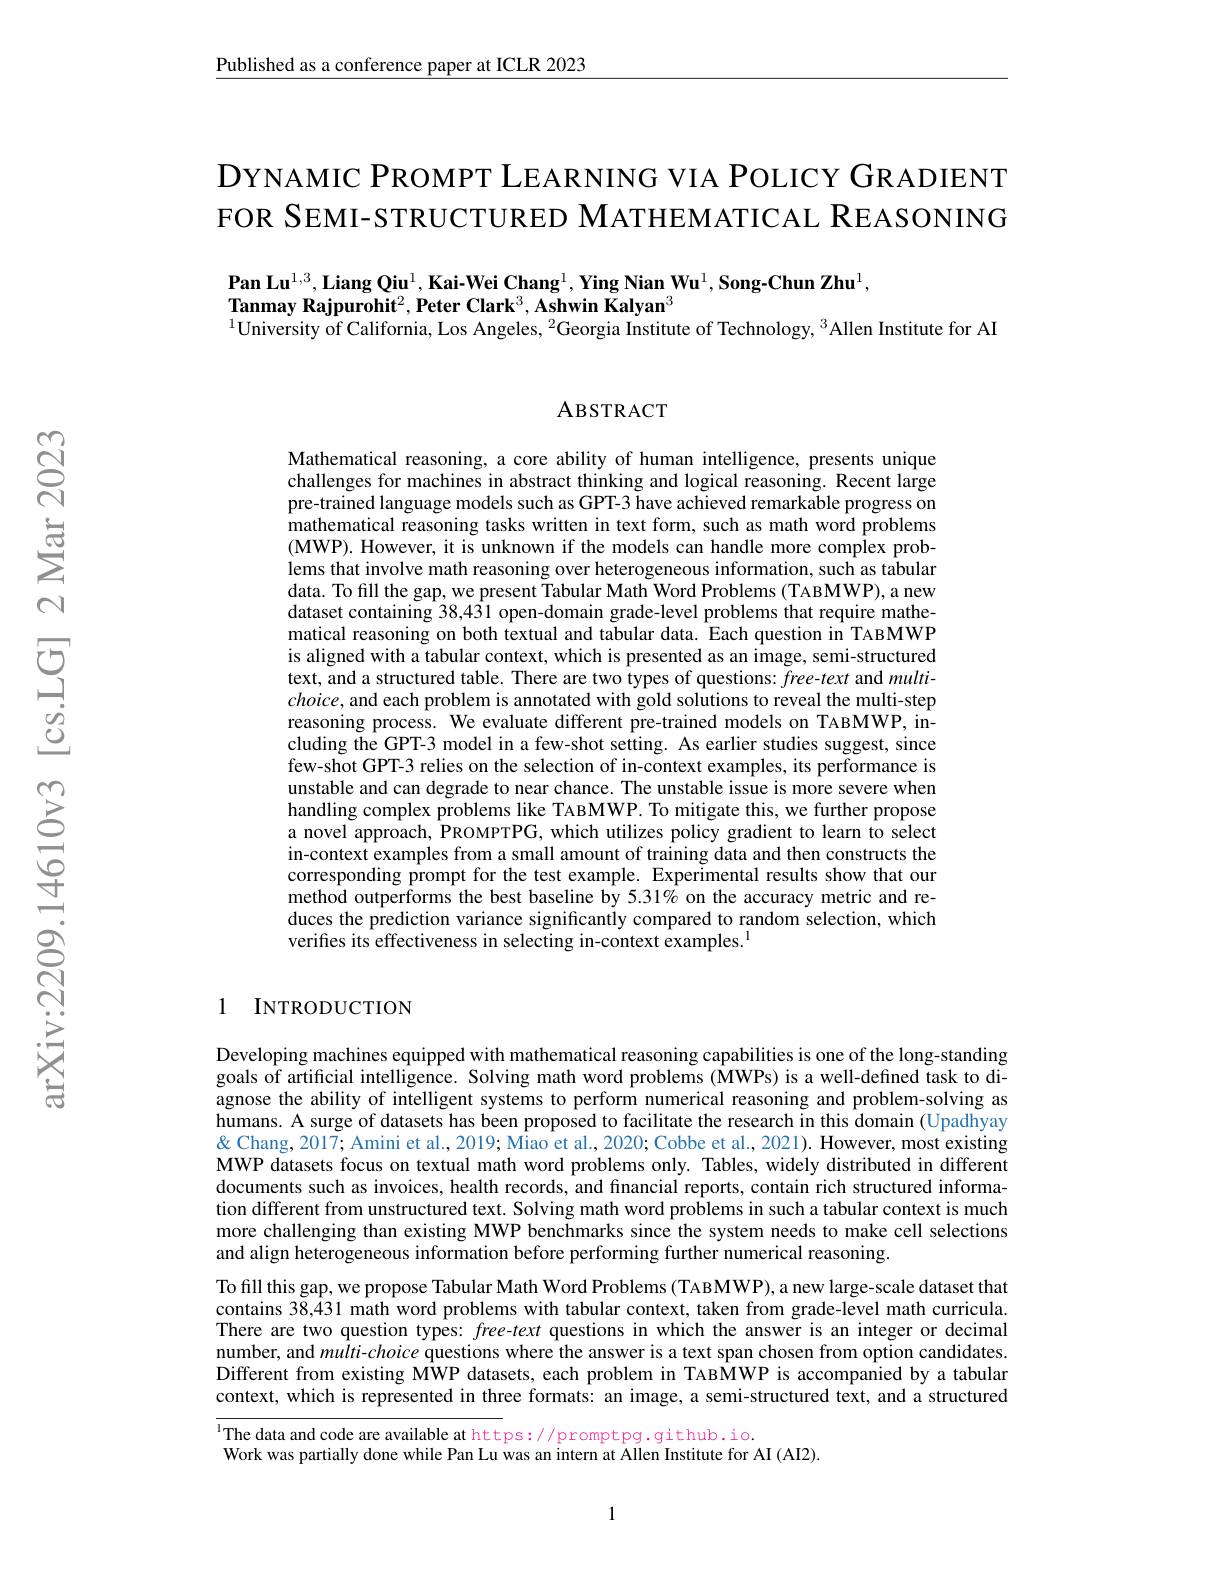
Published as a conference paper at ICLR 2023

DYNAMIC PROMPT LEARNING VIA POLICY GRADIENT FOR SEMI-STRUCTURED MATHEMATICAL REASONING

$\textbf{Pan Lu}^{1,3},\textbf{Liang Qiu}^{1},\textbf{Kai-Wei Chang}^{1},\textbf{Ying Nian Wu}^{1},\textbf{Song-Chun Zhu}^{1}$,
$\textbf{Tanmay Rajpurohit}^2,\textbf{Peter Clark}^3,\bar{\textbf{Ashwin Kalyan}}^3$
$^{1}$University of California, Los Angeles, $^2$Georgia Institute of Technology, $^3$Allen Institute for AI

ABSTRACT

Mathematical reasoning, a core ability of human intelligence, presents unique challenges for machines in abstract thinking and logical reasoning. Recent large pre-trained language models such as GPT-3 have achieved remarkable progress on mathematical reasoning tasks written in text form, such as math word problems $(\mathbf{MWP}).$ However, it is unknown if the models can handle more complex problems that involve math reasoning over heterogeneous information, such as tabular data. To fill the gap, we present Tabular Math Word Problems (TABMWP), a new dataset containing 38,431 open-domain grade-level problems that require mathematical reasoning on both textual and tabular data. Each question in TABMWP is aligned with a tabular context, which is presented as an image, semi-structured text, and a structured table. There are two types of questions: free-text and multi- $choice$, and each problem is annotated with gold solutions to reveal the multi-step reasoning process. We evaluate different pre-trained models on TABMWP, including the GPT-3 model in a few-shot setting. As earlier studies suggest, since few-shot GPT-3 relies on the selection of in-context examples, its performance is unstable and can degrade to near chance. The unstable issue is more severe when handling complex problems like TABMWP. To mitigate this, we further propose a novel approach, PROMPTPG, which utilizes policy gradient to learn to select in-context examples from a small amount of training data and then constructs the corresponding prompt for the test example. Experimental results show that our method outperforms the best baseline by 5.31% on the accuracy metric and reduces the prediction variance significantly compared to random selection, which verifies its effectiveness in selecting in-context examples.$^{1}$

1 INTRODUCTION

Developing machines equipped with mathematical reasoning capabilities is one of the long-standing goals of artificial intelligence. Solving math word problems (MWPs) is a well-defined task to diagnose the ability of intelligent systems to perform numerical reasoning and problem-solving as humans. A surge of datasets has been proposed to facilitate the research in this domain (Upadhyay & Chang, 2017; Amini et al., 2019; Miao et al., 2020; Cobbe et al., 2021). However, most existing MWP datasets focus on textual math word problems only. Tables, widely distributed in different documents such as invoices, health records, and financial reports, contain rich structured information different from unstructured text. Solving math word problems in such a tabular context is much more challenging than existing MWP benchmarks since the system needs to make cell selections and align heterogeneous information before performing further numerical reasoning.
To fill this gap, we propose Tabular Math Word Problems (TABMWP), a new large-scale dataset that contains 38,431 math word problems with tabular context, taken from grade-level math curricula There are two question types: free-text questions in which the answer is an integer or decimal number, and multi-choice questions where the answer is a text span chosen from option candidates. Different from existing MWP datasets, each problem in TABMWP is accompanied by a tabular context, which is represented in three formats: an image, a semi-structured text, and a structured

IThe data and code are available at https://promptpg.github.io.
Work was partially done while Pan Lu was an intern at Allen Institute for AI (AI2).

1